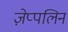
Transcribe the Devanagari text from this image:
ज़ेप्पलिन